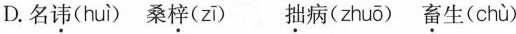
D.名讳(huì) 桑梓(zī) 拙病(zhuō) 畜生( chù)